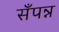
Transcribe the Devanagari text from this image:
सँपन्न